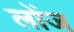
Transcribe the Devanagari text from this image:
लोंज